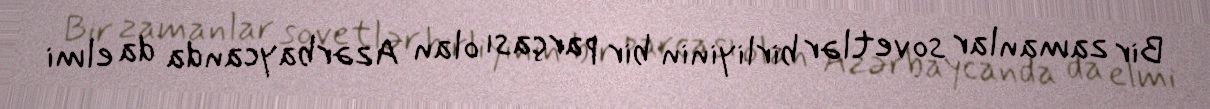
Bir zamanlar sovetlər birliyinin bir parçası olan Azərbaycanda da elmi